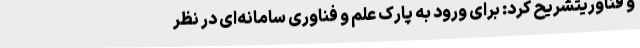
و فناوریتشریح کرد: برای ورود به پارک علم و فناوری سامانه‌ای در نظر